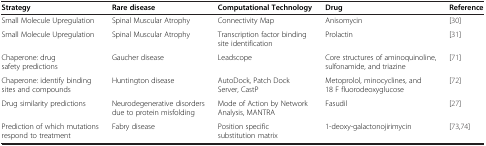
<table><thead><tr><td><b>Strategy</b></td><td><b>Rare disease</b></td><td><b>Computational Technology</b></td><td><b>Drug</b></td><td><b>Reference</b></td></tr></thead><tbody><tr><td>Small Molecule Upregulation</td><td>Spinal Muscular Atrophy</td><td>Connectivity Map</td><td>Anisomycin</td><td>[30]</td></tr><tr><td>Small Molecule Upregulation</td><td>Spinal Muscular Atrophy</td><td>Transcription factor binding site identification</td><td>Prolactin</td><td>[31]</td></tr><tr><td>Chaperone: drug safety predictions</td><td>Gaucher disease</td><td>Leadscope</td><td>Core structures of aminoquinoline, sulfonamide, and triazine</td><td>[71]</td></tr><tr><td>Chaperone: identify binding sites and compounds</td><td>Huntington disease</td><td>AutoDock, Patch Dock Server, CastP</td><td>Metoprolol, minocyclines, and 18 F fluorodeoxyglucose</td><td>[72]</td></tr><tr><td>Drug similarity predictions</td><td>Neurodegenerative disorders due to protein misfolding</td><td>Mode of Action by Network Analysis, MANTRA</td><td>Fasudil</td><td>[27]</td></tr><tr><td>Prediction of which mutations respond to treatment</td><td>Fabry disease</td><td>Position specific substitution matrix</td><td>1-deoxy-galactonojirimycin</td><td>[73,74]</td></tr></tbody></table>